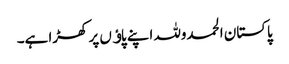
پاکستان الحمدوللہ اپنے پاﺅں پر کھڑا ہے۔